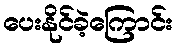
ပေးနိုင်ခဲ့ကြောင်း